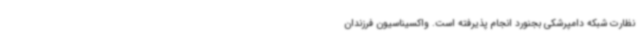
نظارت شبکه دامپرشکی بجنورد انجام پذیرفته است. واکسیناسیون فرزندان